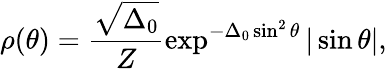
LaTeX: \rho(\theta)=\frac{\sqrt{\Delta_{0}}}{Z}\exp^{-\Delta_{0}\sin^{2}\theta}|\sin\theta|,